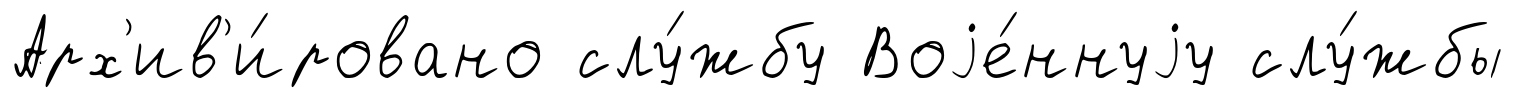
Арх'ив'и́ровано слу́жбу Воjе́ннуjу слу́жбы